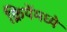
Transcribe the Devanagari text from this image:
क्रियेंमध्ये